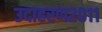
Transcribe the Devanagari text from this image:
उदाहरण२०११